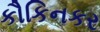
કૌકિનકર